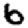
Digit: 6